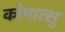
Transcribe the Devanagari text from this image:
कोमात्सु